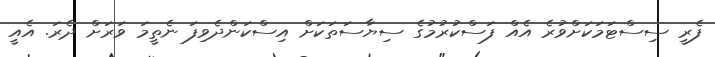
ފެރީ ސިސްޓަމަކަށްވުރެ އެއް ފަސްކުރުމުގެ ސިޔާސަތަކަށް އިސްކަންދެވިފަ ނެތީމަ ވަރަށް ދެރަ. އެއީ